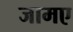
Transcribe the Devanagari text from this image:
जामए